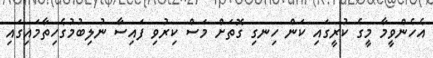
އެހެންވީމާ މީގެ ކުރީގައި ކަން ހިނގި ގޮތަށް މަސް ކިރުވި ފައިސާ ނުލިބުމުގެހިތާމައިގައި